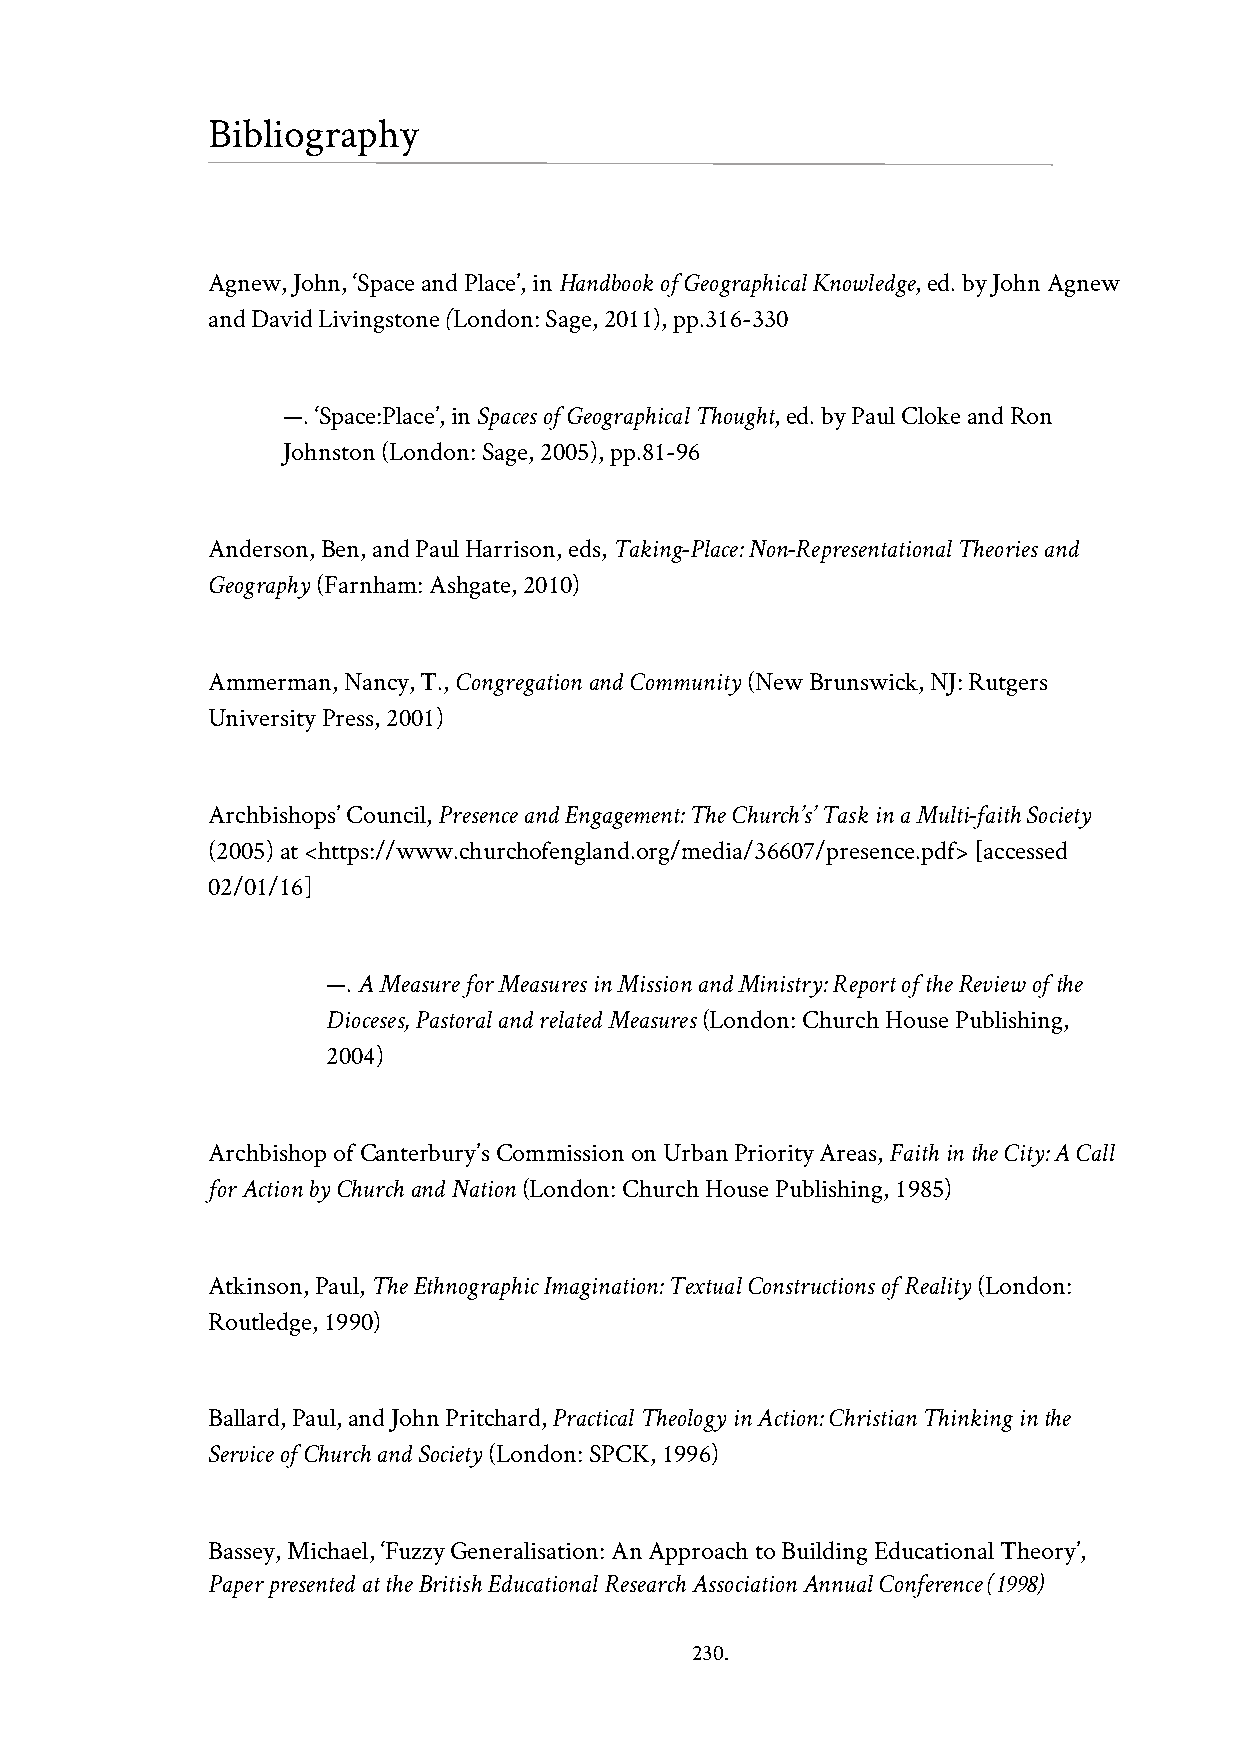
Bibliography
 Agnew, John, ‘Space and Place’, in Handbook of Geographical Knowledge, ed. by John Agnew
 and David Livingstone (London: Sage, 2011), pp.316-330
 —. ‘Space:Place’, in Spaces of Geographical Thought, ed. by Paul Cloke and Ron
 Johnston (London: Sage, 2005), pp.81-96
 Anderson, Ben, and Paul Harrison, eds, Taking-Place: Non-Representational Theories and
 Geography (Farnham: Ashgate, 2010)
 Ammerman, Nancy, T., Congregation and Community (New Brunswick, NJ: Rutgers
 University Press, 2001)
 Archbishops’ Council, Presence and Engagement: The Church’s’ Task in a Multi-faith Society
 (2005) at <https://www.churchofengland.org/media/36607/presence.pdf> [accessed
 02/01/16]
 —. A Measure for Measures in Mission and Ministry: Report of the Review of the
 Dioceses, Pastoral and related Measures (London: Church House Publishing,
 2004)
 Archbishop of Canterbury’s Commission on Urban Priority Areas, Faith in the City: A Call
 for Action by Church and Nation (London: Church House Publishing, 1985)
 Atkinson, Paul, The Ethnographic Imagination: Textual Constructions of Reality (London:
 Routledge, 1990)
 Ballard, Paul, and John Pritchard, Practical Theology in Action: Christian Thinking in the
 Service of Church and Society (London: SPCK, 1996)
 Bassey, Michael, ‘Fuzzy Generalisation: An Approach to Building Educational Theory’,
 Paper presented at the British Educational Research Association Annual Conference (1998)
 230.